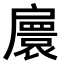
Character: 𢩠